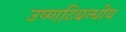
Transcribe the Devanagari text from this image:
उष्णटिबन्धीय